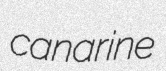
canarine